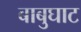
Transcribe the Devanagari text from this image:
बाबुघाट